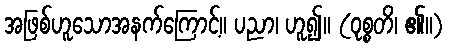
အဖြစ်ဟူသောအနက်ကြောင့်။ ပညာ၊ ဟူ၍။ (ဝုစ္စတိ၊ ၏။)